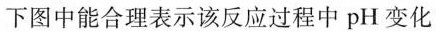
下图中能合理表示该反应过程中pH变化